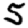
Digit: 5